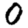
Digit: 0